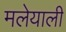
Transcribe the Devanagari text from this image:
मलेयाली